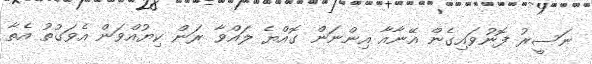
ނަސީރު ފޮނުވައިގެން އޭނާއާ އިންނަން ގޮއްޔެ ލައްވާ ރަން ކިޔުއްވަން އެވަގުތު އެތާ